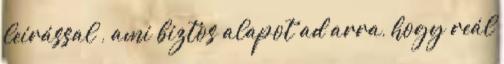
leírással , ami biztos alapot ad arra, hogy reál